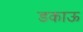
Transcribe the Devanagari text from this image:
डकाऊ